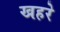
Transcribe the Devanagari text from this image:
खहरे